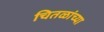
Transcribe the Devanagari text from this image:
चितळांच्या